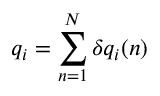
q _ { i } = \sum _ { n = 1 } ^ { N } \delta q _ { i } ( n )